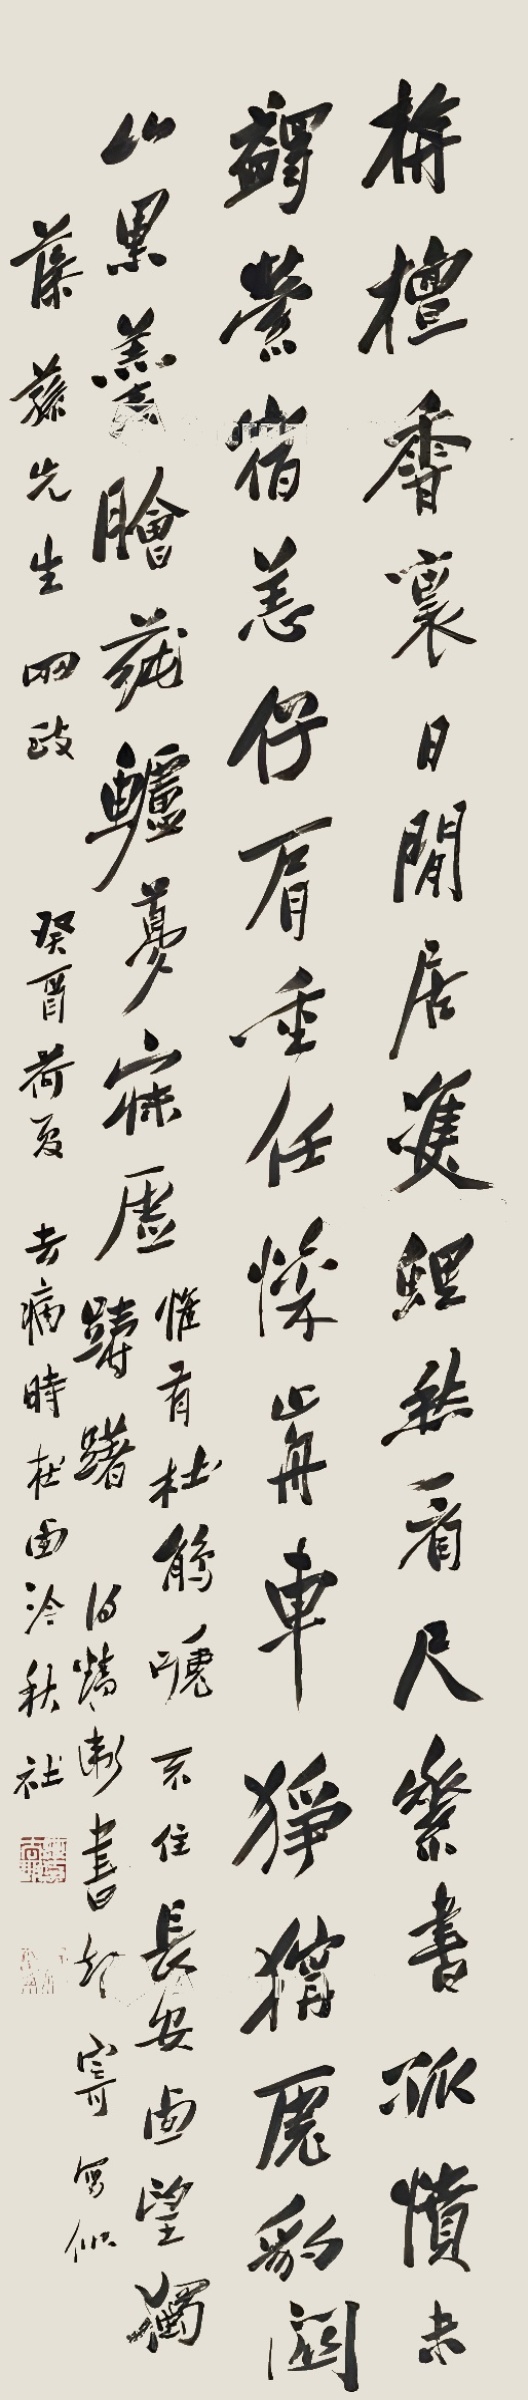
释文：栴檀香里日闲居，双鲤愁看尺素书。孤愤未蠲萦宿恙，仔肩重任懔前车。狰狞虎豹关山黑，羹脍莼鲈梦寐虚。惟有杜鹃啼不住，长安西望独踌躇。得精卫书却寄，写似藻荪先生两政。癸酉荷夏，去病时在西泠秋社。